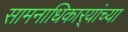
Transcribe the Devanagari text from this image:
सामनाधिकार्‍यांच्या